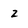
Character: z